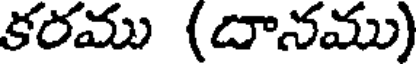
కరము (దానము)